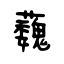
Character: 蘶